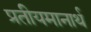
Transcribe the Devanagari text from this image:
प्रतीयमानार्थ